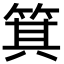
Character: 箕